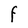
Character: F